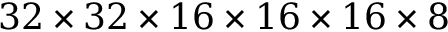
3 2 \times 3 2 \times 1 6 \times 1 6 \times 1 6 \times 8